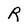
Character: R